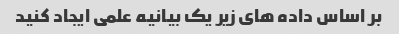
بر اساس داده های زیر یک بیانیه علمی ایجاد کنید